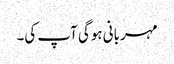
مہربانی ہوگی آپ کی۔